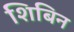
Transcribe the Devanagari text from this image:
शिबिन